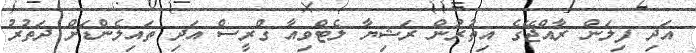
އަދި ފިލަން ރާއްޖޭގެ އިތުރުން ރަޝިޔާ ލެޓްވިއާ ގްރީސް އަދި ތައިލެންޑަށް ދަތުރު